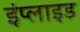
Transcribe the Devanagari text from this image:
इंप्लाइड